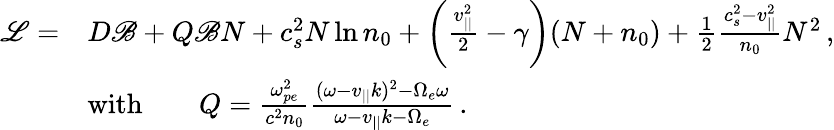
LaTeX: \begin{array}{rl}{\mathscr{L}=}&{D\mathscr{B}+Q\mathscr{B}N+c_{s}^{2}N\ln n_{0}+\bigg(\frac{v_{||}^{2}}{2}-\gamma\bigg)(N+n_{0})+\frac{1}{2}\frac{c_{s}^{2}-v_{||}^{2}}{n_{0}}N^{2}\, ,}\\ &{\mathrm{with}\qquad Q=\frac{\omega_{pe}^{2}}{c^{2}n_{0}}\frac{(\omega-v_{||}k)^{2}-\Omega_{e}\omega}{\omega-v_{||}k-\Omega_{e}}\, .}\end{array}